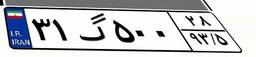
۳۱گ۵۰۰۲۸